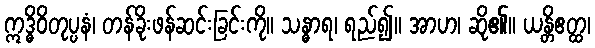
ဣဒ္ဓိဝိတုပ္ပနံ၊ တန်ခိုးဖန်ဆင်းခြင်းကို။ သန္ဓာရ၊ ရည်၍။ အာဟ၊ ဆို၏။ ယန္တိဧတ္ထ၊